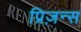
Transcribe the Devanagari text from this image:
प्रिज़न्स